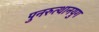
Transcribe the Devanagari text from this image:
पुनरुत्थानयुग